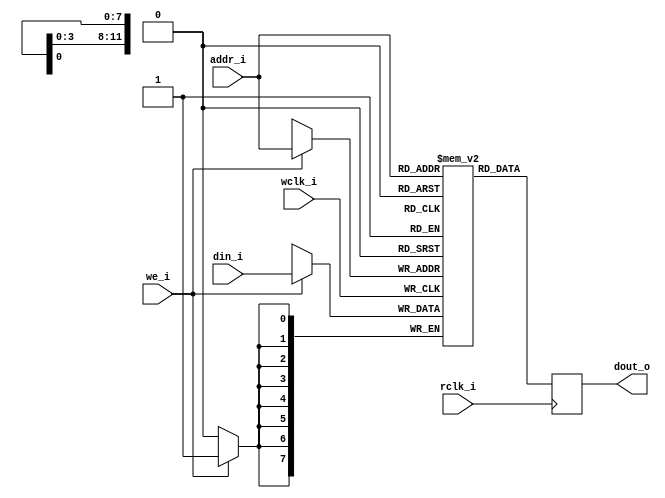
//
//   ______     ___________  ___     ____   ____     _                _     _
//  |  _ \ \   / /___ /___ \|_ _|   / ___| / ___|   | |    ___   __ _(_)___(_)
//  | |_) \ \ / /  |_ \ __) || |    \___ \| |       | |   / _ \ / _` | / __| | '_ ` _ \
//  |  _ < \ V /  ___) / __/ | |     ___) | |___    | |__| (_) | (_| | \__ \ | | | | | |
//  |_| \_\ \_/  |____/_____|___|___|____/ \____|___|_____\___/ \__, |_|___/_|_| |_| |_|
//                             |_____|         |_____|          |___/
//
// Project  https://github.com/meiniKi/RV32I_SC_Logisim/           
// Author   Meinhard Kissich
//
// Usage    RAM 1-byte width
//          Shall support being identified as BRAM by Lattic flow
//
//

module ram_byte #( parameter ADDR_WIDTH = 12,
                   parameter INIT_FILE = "") (
    input  wire                     wclk_i,
    input  wire                     rclk_i,
    input  wire [ADDR_WIDTH-1:0]    addr_i, 
    input  wire [7:0]               din_i,
    input  wire                     we_i,
    output reg  [7:0]               dout_o
);


    reg  [7:0] mem [0:(2**ADDR_WIDTH-1)];

    initial begin
        if (INIT_FILE != "")
            $readmemh(INIT_FILE, mem);
    end

    always @(posedge rclk_i) begin
        dout_o <= mem[addr_i];
    end

    always @(posedge wclk_i) begin
        if (we_i) begin
            mem[addr_i] <= din_i; 
        end
    end

endmodule